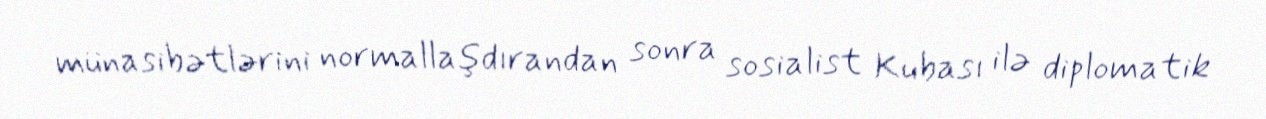
münasibətlərini normallaşdırandan sonra sosialist Kubası ilə diplomatik